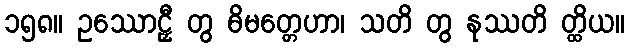
၁၅၈။ ဥဿောဠှီ တွ ဓိမတ္တေဟာ၊ သတိ တွ နုဿတိ တ္ထိယ။